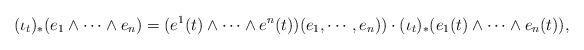
LaTeX: \begin{align*}(\iota_{t})_{*} (e_{1} \wedge \cdots \wedge e_{n})=(e^{1}(t) \wedge \cdots \wedge e^{n}(t))(e_{1}, \cdots, e_{n})) \cdot (\iota_{t})_{*} (e_{1}(t) \wedge \cdots \wedge e_{n}(t)), \end{align*}